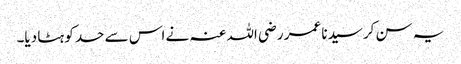
یہ سن کر سیدنا عمر ‌رضی ‌اللہ ‌عنہ نے اس سے حد کو ہٹا دیا۔